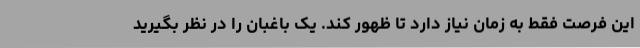
این فرصت فقط به زمان نیاز دارد تا ظهور کند. یک باغبان را در نظر بگیرید